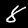
Label: 8